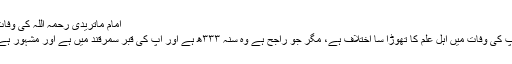
امام ماتریدی رحمہ اللہ کی وفات
آپ کی وفات میں اہلِ علم کا تھوڑا سا اختلاف ہے، مگر جو راجح ہے وہ سنہ ۳۳۳ھ ہے اور آپ کی قبر سمرقند میں ہے اور مشہور ہے۔